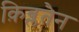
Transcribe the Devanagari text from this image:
क़िब्लतैन